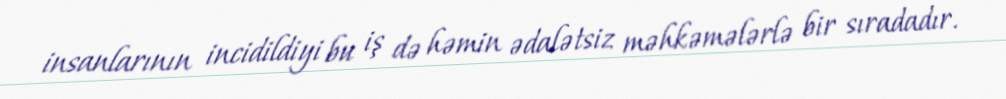
insanlarının incidildiyi bu iş də həmin ədalətsiz məhkəmələrlə bir sıradadır.